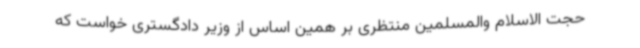
حجت الاسلام والمسلمین منتظری بر همین اساس از وزیر دادگستری خواست که